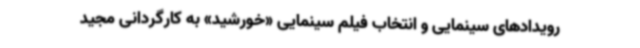
رویدادهای سینمایی و انتخاب فیلم سینمایی «خورشید» به کارگردانی مجید